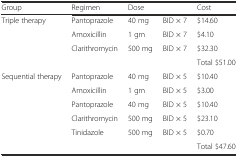
| Group | Regimen | <COLSPAN=2> Dose | Cost |
 | --- | --- | --- | --- | --- |
 | Triple therapy | Pantoprazole | 40 mg | BID × 7 | $14.60 |
 |  | Amoxicillin | 1 gm | BID × 7 | $4.10 |
 |  | Clarithromycin | 500 mg | BID × 7 | $32.30 |
 |  |  |  |  | Total $51.00 |
 | Sequential therapy | Pantoprazole | 40 mg | BID × 5 | $10.40 |
 |  | Amoxicillin | 1 gm | BID × 5 | $3.00 |
 |  | Pantoprazole | 40 mg | BID × 5 | $10.40 |
 |  | Clarithromycin | 500 mg | BID × 5 | $23.10 |
 |  | Tinidazole | 500 mg | BID × 5 | $0.70 |
 |  |  |  |  | Total $47.60 |